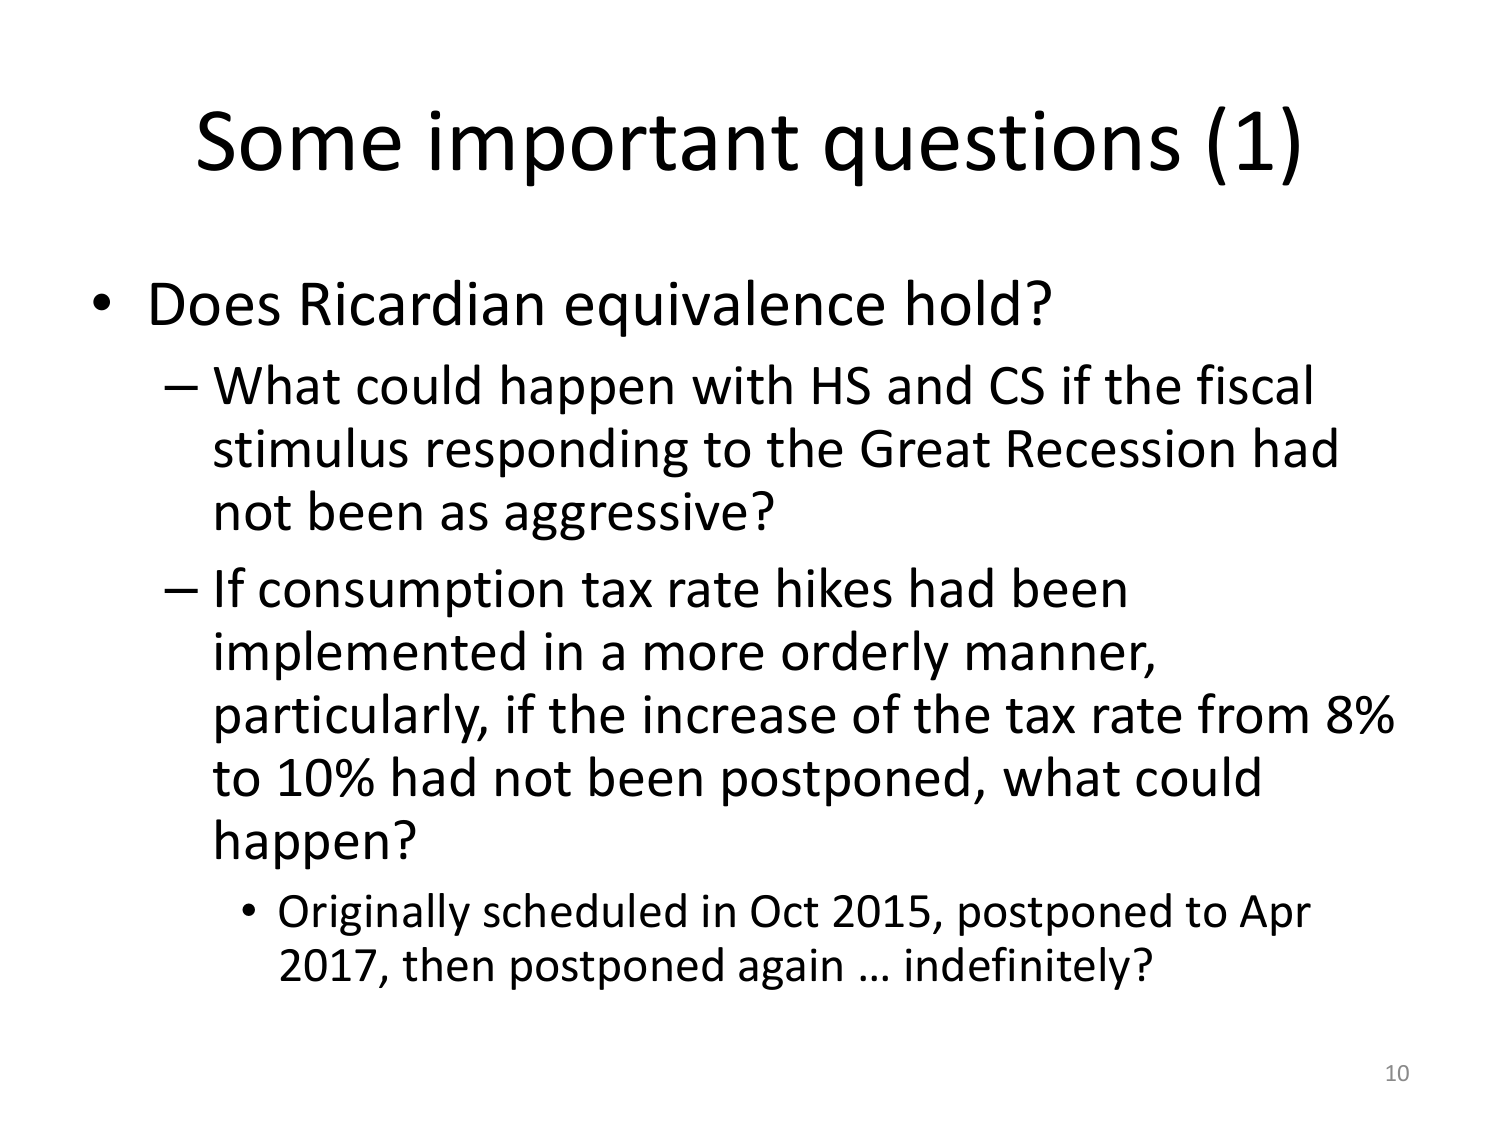
Some important questions (1)

• Does Ricardian equivalence hold?
– What could happen with HS and CS if the fiscal stimulus responding to the Great Recession had not been as aggressive?
– If consumption tax rate hikes had been implemented in a more orderly manner, particularly, if the increase of the tax rate from 8% to 10% had not been postponed, what could happen?
• Originally scheduled in Oct 2015, postponed to Apr 2017, then postponed again... indefinitely?

10